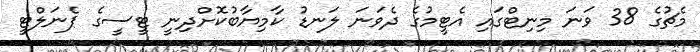
މެޗުގެ 38 ވަނަ މިނިޓްގައި އެޓީމުގެ ދެވަނަ ލަނޑު ކާމިޔާބުކޮށްދިނީ ޓީސީގެ ޕެނަލްޓީ